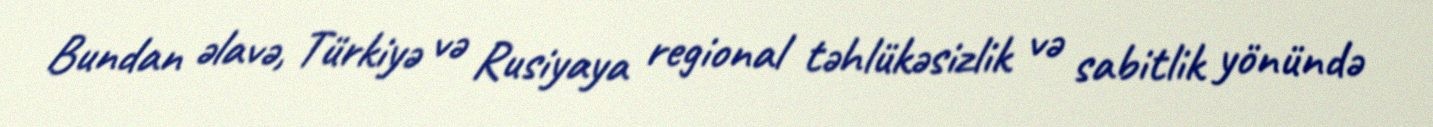
Bundan əlavə, Türkiyə və Rusiyaya regional təhlükəsizlik və sabitlik yönündə